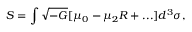
{ \cal S } = \int \sqrt { - G } [ \mu _ { 0 } - \mu _ { 2 } R + . . . ] d ^ { 3 } \sigma ,